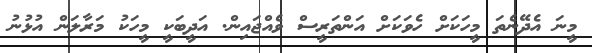
މީނަ އެދޭނެތަ މީހަކަށް ހެވަކަށް އަންތަރީސް ވެއްޖައިން. އަދީބަކީ މީހަކު މަރާލަން އުޅުނު